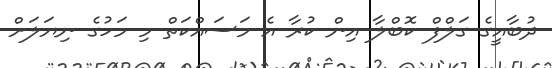
ދުބާއީގެ ގަލްފް ކޮބްލާ އިން ކުރާ އެ މަސައްކަތް މި މަހުގެ ނިޔަލަށް